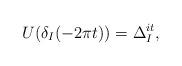
LaTeX: \begin{align*} U(\delta_I(-2\pi t)) = \Delta_I^{i t},\end{align*}